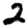
Digit: 2